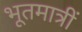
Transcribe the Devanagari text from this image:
भूतमात्रीं